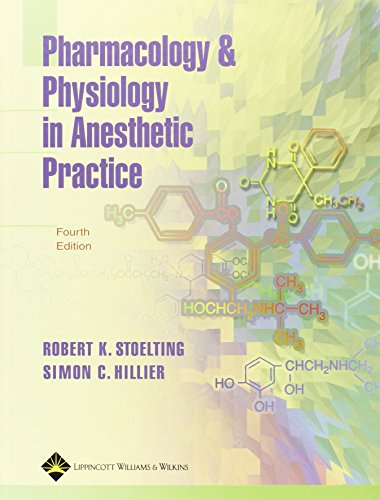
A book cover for Pharmacology and Physiology in Anesthetic Practice; Robert K. Stoelting MD; Medical Books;